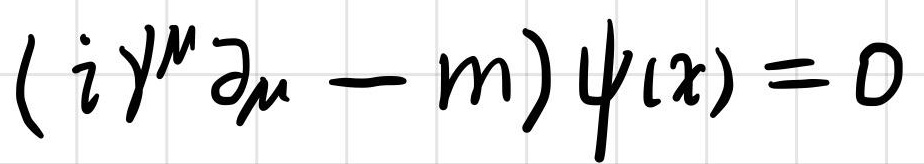
$( i \gamma^{\mu} \partial_{\mu} - m ) \psi(x) = 0$